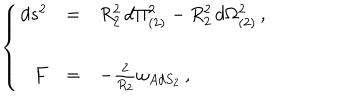
\left\{ \begin{array} { r c l } { { d s ^ { 2 } } } & { { = } } & { { R _ { 2 } ^ { 2 } \, d \Pi _ { ( 2 ) } ^ { 2 } - R _ { 2 } ^ { 2 } \, d \Omega _ { ( 2 ) } ^ { 2 } \, , } } \\ { { } } & { { } } & { { } } \\ { { F } } & { { = } } & { { - \frac { 2 } { R _ { 2 } } \omega _ { A d S _ { 2 } } \, , } } \\ \end{array} \right.